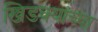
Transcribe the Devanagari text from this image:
खिडक्यांच्या